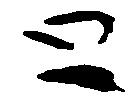
と